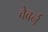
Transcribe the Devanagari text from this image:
वेबर्न